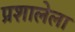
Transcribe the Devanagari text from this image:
प्रशालेला